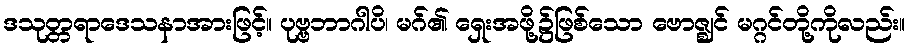
ဒသုတ္တရာဒေသနာအားဖြင့်။ ပုဗ္ဗဘာဂါပိ၊ မဂ်၏ ရှေးအဖို့၌ဖြစ်သော ဗောဇ္ဈင် မဂ္ဂင်တို့ကိုလည်း။